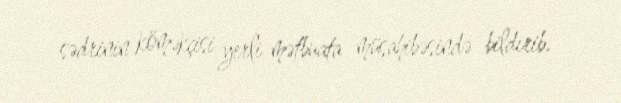
sədrinin köməkçisi yerli mətbuata müsahibəsində bildirib.